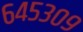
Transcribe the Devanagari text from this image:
६४५३०९